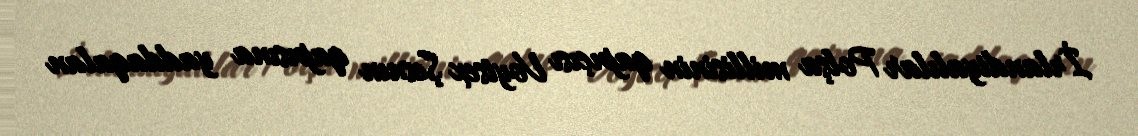
İrlandiyalılar Polşa millisinin qapıçısı Voytsex Şesnın qapısına yaddaqalan